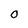
Character: O